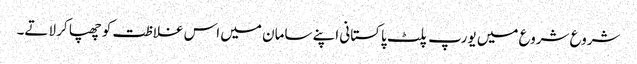
شروع شروع میں یورپ پلٹ پاکستانی اپنے سامان میں اس غلاظت کو چھپا کر لاتے۔